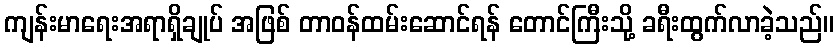
ကျန်းမာရေးအရာရှိချုပ် အဖြစ် တာဝန်ထမ်းဆောင်ရန် တောင်ကြီးသို့ ခရီးထွက်လာခဲ့သည်။